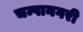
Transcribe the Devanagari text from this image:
चम्पानगरी